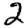
Digit: 2